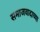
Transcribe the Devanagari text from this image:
समाजवादाच्या